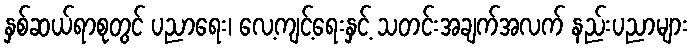
နှစ်ဆယ်ရာစုတွင် ပညာရေး၊ လေ့ကျင့်ရေးနှင့် သတင်းအချက်အလက် နည်းပညာများ